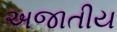
અજાતીય